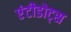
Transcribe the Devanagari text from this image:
एंटीडोट्स